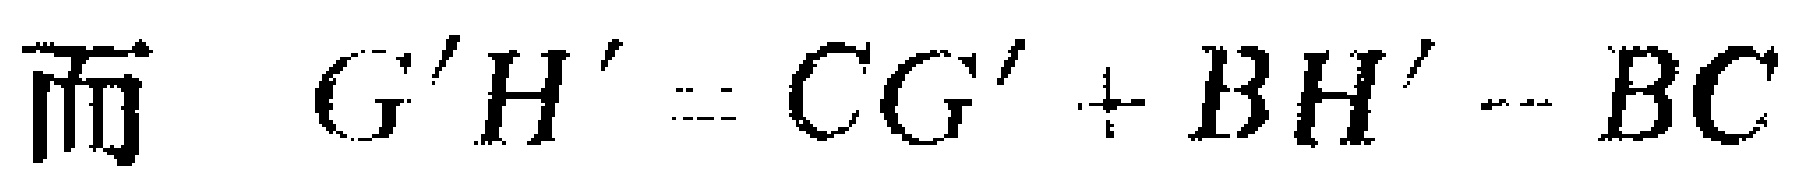
而 \(G'H' = CG'+BH'-BC\)